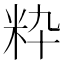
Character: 粋